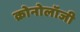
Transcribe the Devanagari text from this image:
क्रोनोलॉजी